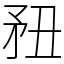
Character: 䂇